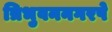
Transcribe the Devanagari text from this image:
त्रिभुवननगरपे